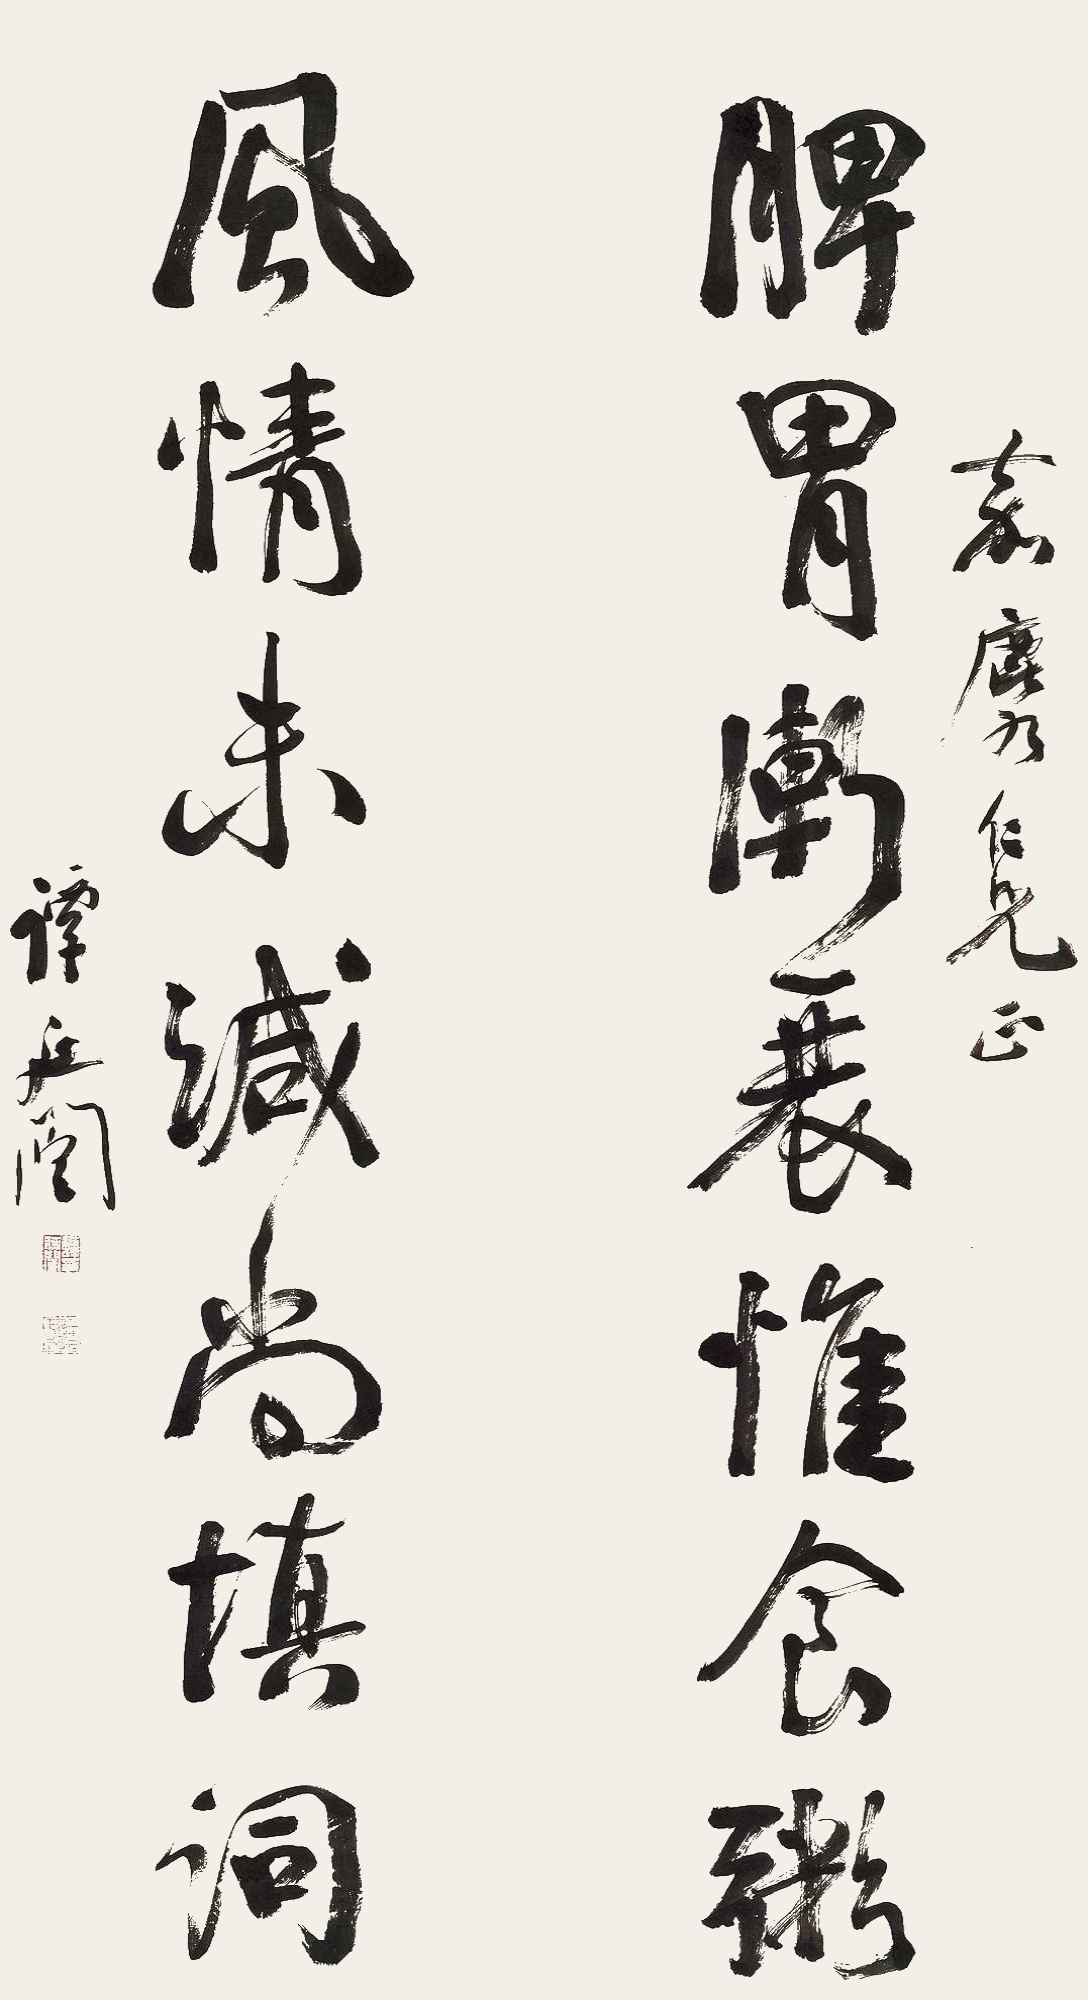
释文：脾胃渐衰惟食粥，风情未减尚填词。嘉麟仁兄正。谭延闿。